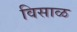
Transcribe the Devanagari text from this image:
विसाळ